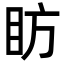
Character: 眆